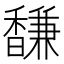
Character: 馦